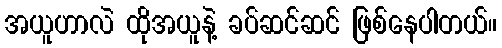
အယူဟာလဲ ထိုအယူနဲ့ ခပ်ဆင်ဆင် ဖြစ်နေပါတယ်။